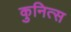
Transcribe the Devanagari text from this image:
कुनित्स